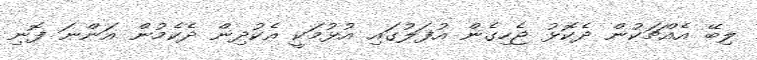
ލިބޭ އެއްޗަކުން ދެކޮޅު ޖެހިގެން އުފަލުގައި އުޅުމަކީ އެކުދިން ދެކެމުން އަންނަ ފޮނި